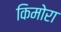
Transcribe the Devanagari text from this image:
किमोरा